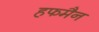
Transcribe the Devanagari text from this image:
हफमैन